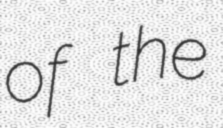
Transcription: of the